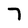
Character: 7